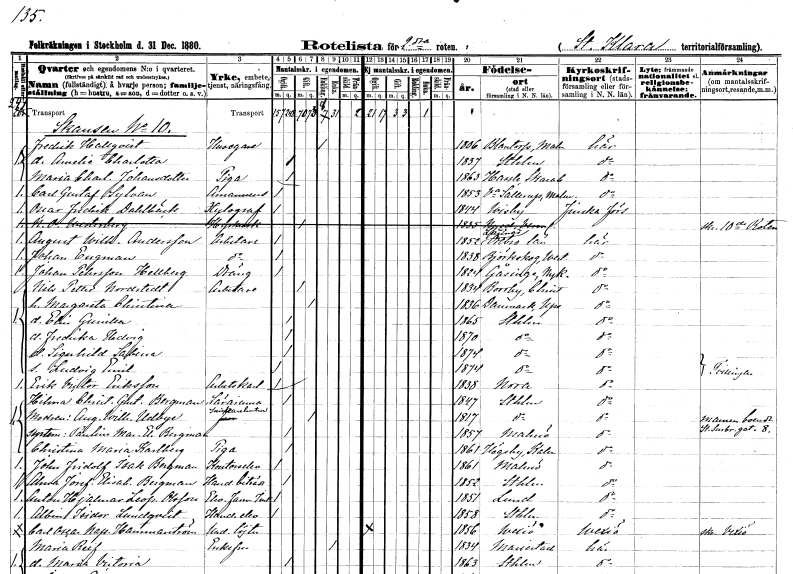
gt_parse: households: individuals: FN: Fredrik
EN: Hallqvist
YRKE: Husägare
KON: M
CIV: E
FODAR: 1806
FODFORS: Blentarp Malmöhus län
FN: Amelie Charlotta
KON: K
CIV: O
FODAR: 1837
FODFORS: Stockholm
FN: Maria Charlotta
EN: Johansdotter
YRKE: Piga
KON: K
CIV: O
FODAR: 1863
FODFORS: Hassle Skaraborgs län
FN: Carl Gustaf
EN: Sylvan
YRKE: Amanuens
KON: M
CIV: O
FODAR: 1853
FODFORS: Västra Sallerup Malmöhus län
FN: Oscar Fredrik
EN: Dahlbäck
YRKE: Xylograf
KON: M
CIV: O
FODAR: 1844
FODFORS: Visby Gotlands län
FN: Nils
EN: Olsson Westerberg
YRKE: Hyrkusk
KON: M
CIV: G
FODAR: 1835
FODFORS: Nyed Värmlands län
FN: August Wilhelm
EN: Andersson
YRKE: Arbetare
KON: M
CIV: O
FODAR: 1852
FODFORS: Lännäs Örebro län
FN: Johan
EN: Engman
YRKE: Arbetare
KON: M
CIV: O
FODAR: 1838
FODFORS: Björskog Västmanlands län
FN: Johan
EN: Pehrsson Hellberg
YRKE: Dräng
KON: M
CIV: O
FODAR: 1824
FODFORS: Gåsinge Södermanlands län
FN: Nils Petter
EN: Nordstedt
YRKE: Arbetare
KON: M
CIV: G
FODAR: 1834
FODFORS: Borrby Kristianstads län
FN: Margareta Christina
KON: K
CIV: G
FODAR: 1836
FODFORS: Danmark Uppsala län
FN: Elin Gunilla
KON: K
CIV: O
FODAR: 1865
FODFORS: Stockholm
FN: Fredrika Hedvig
KON: K
CIV: O
FODAR: 1870
FODFORS: Stockholm
FN: Signhild Sabina
KON: K
CIV: O
FODAR: 1874
FODFORS: Stockholm
FN: Ludvig Emil
KON: M
CIV: O
FODAR: 1874
FODFORS: Stockholm
FN: Erik Victor
EN: Eriksson
YRKE: Arbetskarl
KON: M
CIV: O
FODAR: 1838
FODFORS: Nora Örebro län
FN: Hilma Christina Gustafva
EN: Bergman
YRKE: Lärarinna
KON: K
CIV: O
FODAR: 1847
FODFORS: Stockholm
FN: Augusta Wilhelmina
EN: Udbye
YRKE: Snickarehustru
KON: K
CIV: G
FODAR: 1817
FODFORS: Stockholm
FN: Paulina Maria Eleonora
EN: Bergman
KON: K
CIV: O
FODAR: 1857
FODFORS: Malmö Malmöhus län
FN: Christina Maria
EN: Karlberg
YRKE: Piga
KON: K
CIV: O
FODAR: 1861
FODFORS: Högsby Kalmar län
FN: John Fridolf Isak
EN: Bergman
YRKE: Kontorselev
KON: M
CIV: O
FODAR: 1861
FODFORS: Malmö Malmöhus län
FN: Alma Josefina Elisabeth
EN: Bergman
YRKE: Handelsbiträde
KON: K
CIV: O
FODAR: 1852
FODFORS: Stockholm
FN: Anton Hjalmar Leopold
EN: Olsson
YRKE: Farmaceutelev
KON: M
CIV: O
FODAR: 1851
FODFORS: Lund Malmöhus län
FN: Albin Isidor
EN: Lundqvist
YRKE: Handelselev
KON: M
CIV: O
FODAR: 1858
FODFORS: Stockholm
FN: Carl Oscar Napoleon
EN: Hammarström
YRKE: Underlöjtnant
KON: M
CIV: O
FODAR: 1856
FODFORS: Växjö Kronobergs län